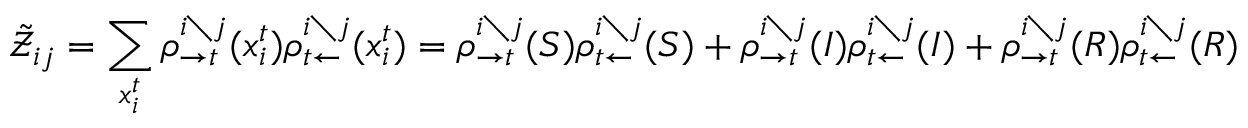
\tilde { \mathcal { Z } } _ { i j } = \sum _ { x _ { i } ^ { t } } \rho _ { \rightarrow t } ^ { i \setminus j } ( x _ { i } ^ { t } ) \rho _ { t \leftarrow } ^ { i \setminus j } ( x _ { i } ^ { t } ) = \rho _ { \rightarrow t } ^ { i \setminus j } ( S ) \rho _ { t \leftarrow } ^ { i \setminus j } ( S ) + \rho _ { \rightarrow t } ^ { i \setminus j } ( I ) \rho _ { t \leftarrow } ^ { i \setminus j } ( I ) + \rho _ { \rightarrow t } ^ { i \setminus j } ( R ) \rho _ { t \leftarrow } ^ { i \setminus j } ( R )